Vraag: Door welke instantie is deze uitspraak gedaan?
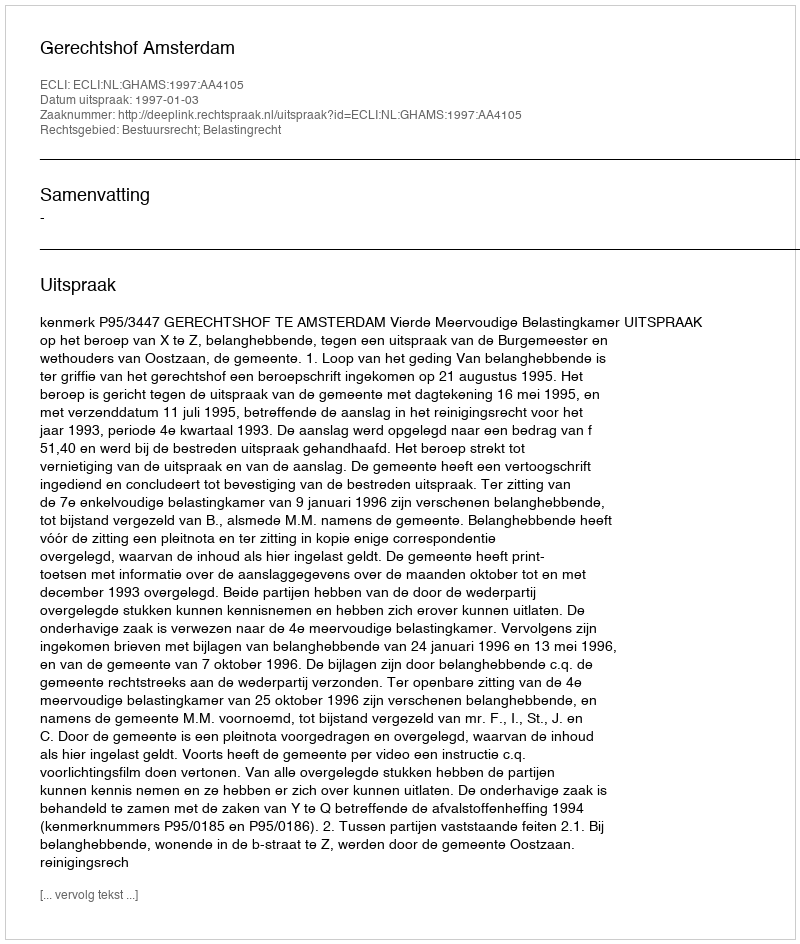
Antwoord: Gerechtshof Amsterdam